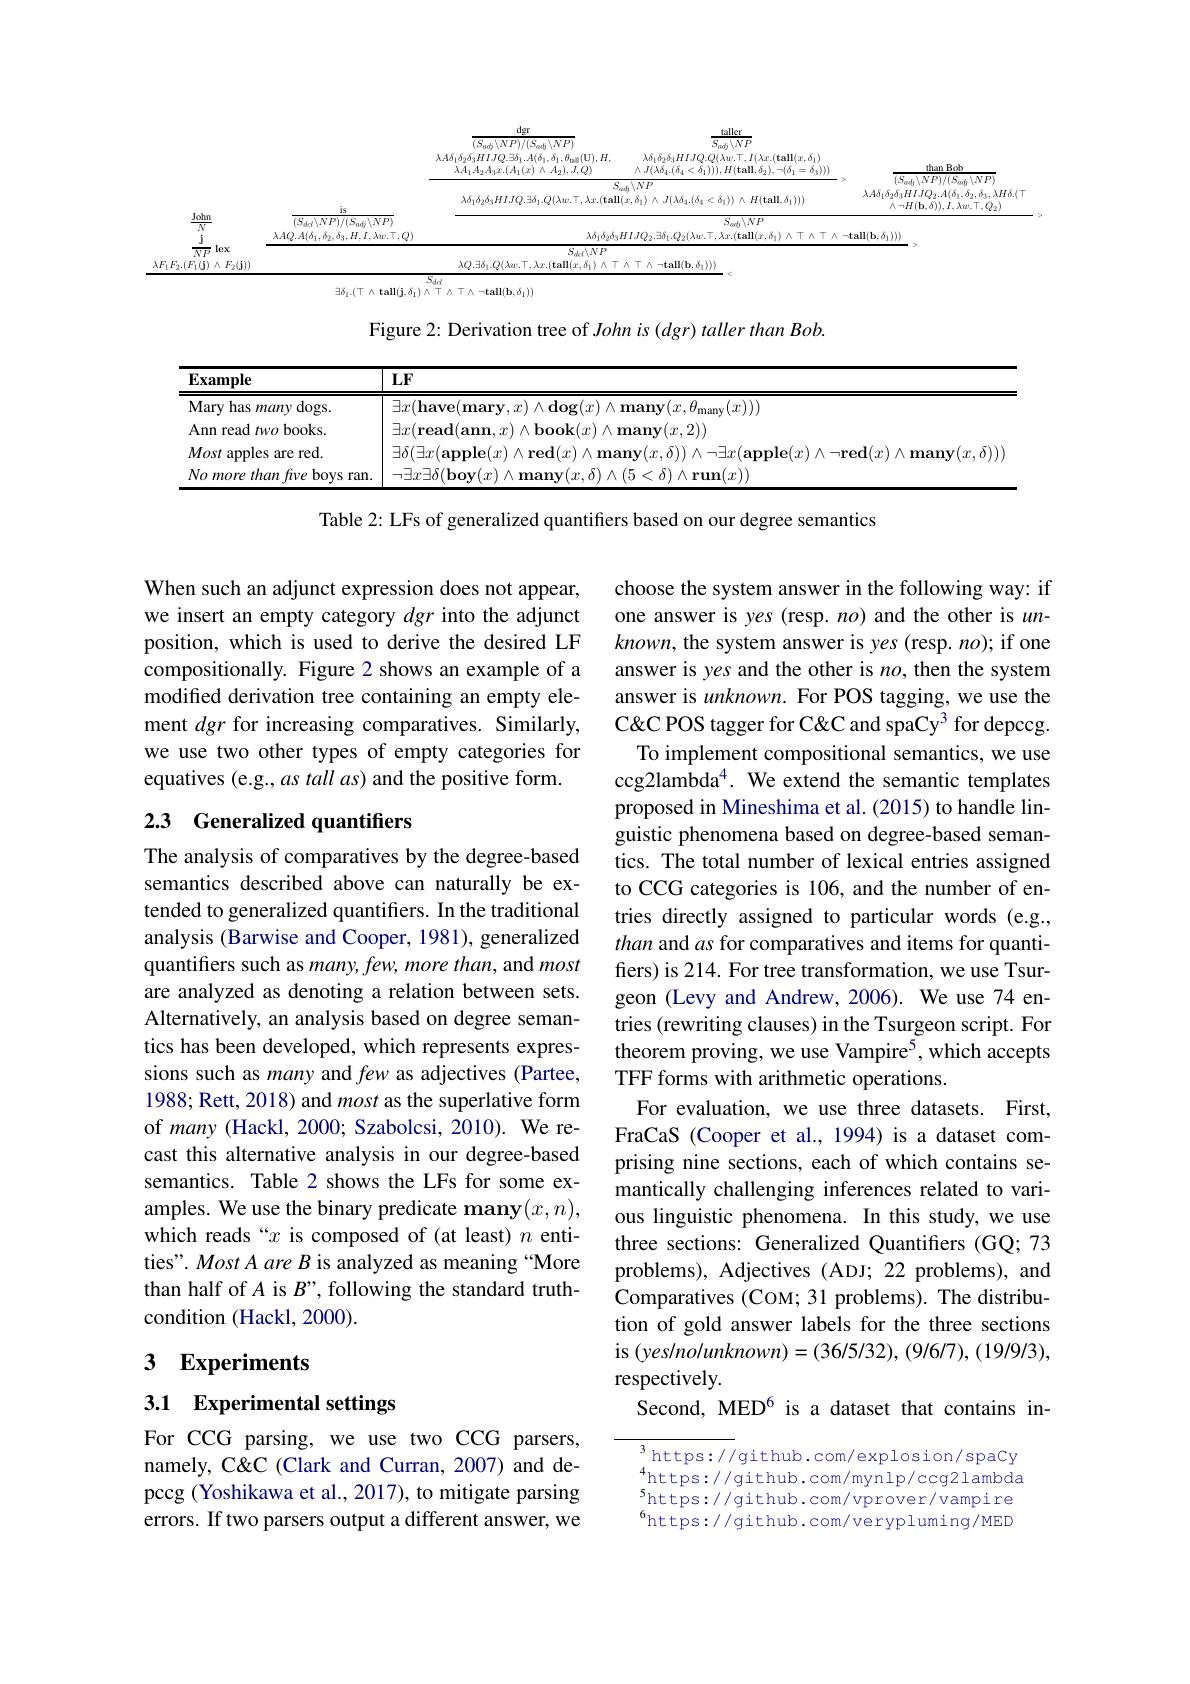
<FigureHere>

Figure 2: Derivation tree of John is (dgr) taller than Bob.

<table>
	<tbody>
		<tr>
			<th>$\mathbf{Example}$</th>
			<th>$LF$</th>
		</tr>
		<tr>
			<td>Mary has many dogs.</td>
			<td>$\dashv x($have( $\theta_{\mathrm{many}}(x))$</td>
		</tr>
		<tr>
			<td>Ann read two books.</td>
			<td>$\exists x($read(ann.$x$ $\Lambda$honk$(\gamma$ $\wedge$many$(x,2))$</td>
		</tr>
		<tr>
			<td>Most apples are red.</td>
			<td> </td>
		</tr>
		<tr>
			<td>Nomore than fwe 2bovs s ran.</td>
			<td>$<\delta)\wedge\operatorname{run}(x))$</td>
		</tr>
	</tbody>
</table>

Table 2: LFs of generalized quantifers based on our degree semantics

When such an adjunct expression does not appear, we insert an empty category dgr into the adjunct position, which is used to derive the desired LF compositionally. Figure 2 shows an example of a modified derivation tree containing an empty element dgr for increasing comparatives. Similarly, we use two other types of empty categories for equatives (e.g., as tall as) and the positive form.

## 2.3 Generalized quantifiers

choose the system answer in the following way: if one answer is yes (resp. $no)$ and the other is $un-$ $known$, the system answer is yes (resp. $no);$ if one answer is yes and the other is $no$, then the system answer is unknown. For POS tagging, we use the C&C&C POS tagger for C&C and spaCy^3 for depccg.
To implement compositional semantics, we use ccg2lambda$^{4}$. We extend the semantic templates proposed in Mineshima et al. (2015) to handle linguistic phenomena based on degree-based semantics. The total number of lexical entries assigned to CCG categories is 106, and the number of entries directly assigned to particular words (e.g., than and as for comparatives and items for quantifiers) is 214. For tree transformation, we use Tsurgeon (Levy and Andrew, 2006). We use 74 entries (rewriting clauses) in the Tsurgeon script. For theorem proving, we use Vampire$^{5}$, which accepts TFF forms with arithmetic operations.
For evaluation, we use three datasets. First, FraCaS (Cooper et al., 1994) is a dataset comprising nine sections, each of which contains semantically challenging inferences related to various linguistic phenomena. In this study, we use three sections: Generalized Quantifiers (GQ; 73 problems), Adjectives (ADJ; 22 problems), and Comparatives (Coм; 31 problems). The distribution of gold answer labels for the three sections $is (yes/nolunknown)=(36/5/32),(9/6/7),(19/9/3)$, respectively.
Second, MED$^{6}$ is a dataset that contains in-

The analysis of comparatives by the degree-based semantics described above can naturally be extended to generalized quantifiers. In the traditional analysis (Barwise and Cooper, 1981), generalized quantifiers such as many, few, more than, and most are analyzed as denoting a relation between sets. Alternatively, an analysis based on degree semantics has been developed, which represents expressions such as many and few as adjectives (Partee, 1988; Rett, 2018) and most as the superlative form of many (Hackl, 2000; Szabolcsi, 2010). We recast this alternative analysis in our degree-based semantics. Table 2 shows the LFs for some examples. We use the binary predicate many$(x,n)$, which reads “$x$ is composed of (at least) $n$ entities". Most A are B is analyzed as meaning “More than half of A is $B”$, following the standard truthcondition (Hackl, 2000).

## 3 Experiments

3.1 Experimental settings

For CCG parsing, we use two CCG parsers, namely, C&CC (Clark and Curran, 2007) and depccg (Yoshikawa et al., 2017), to mitigate parsing errors. If two parsers output a different answer, we

{3} https: / / github. com/ explosion/ spacy {4}https: / / github. com/ mynlp/ ccg2lambda {5} $\begin{aligned}\mathrm{5https://github.com/vprover/vampire}\\\mathrm{6.45}\end{aligned}$ $^{6}$https://github.com/verypluming/MED